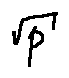
\sqrt { p }